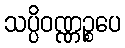
သပ္ပိဝဏ္ဏဉ္စပေ